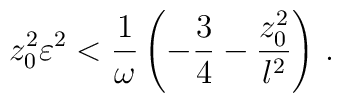
z_0 ^2 \varepsilon^2  < {1\over \omega} \left(-{3\over 4} - {{z_0^2}\over l^2} \right) \, .